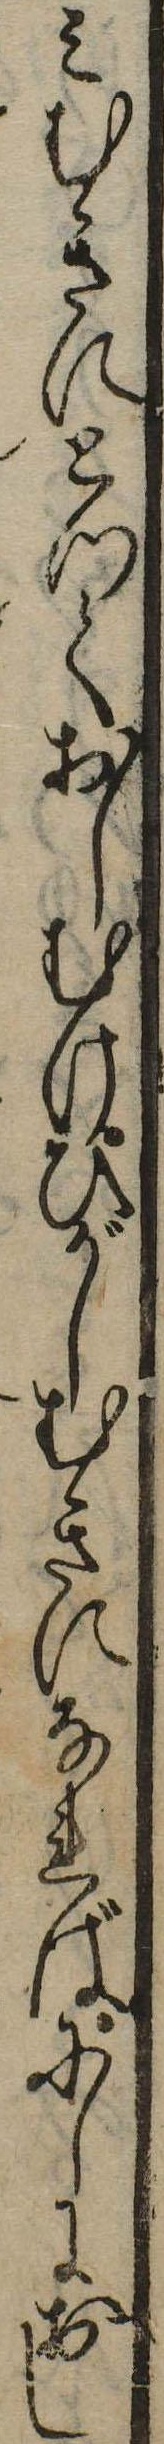
みむきにとつておしむけひがしむきになればにしにおし